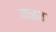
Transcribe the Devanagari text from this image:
जारज